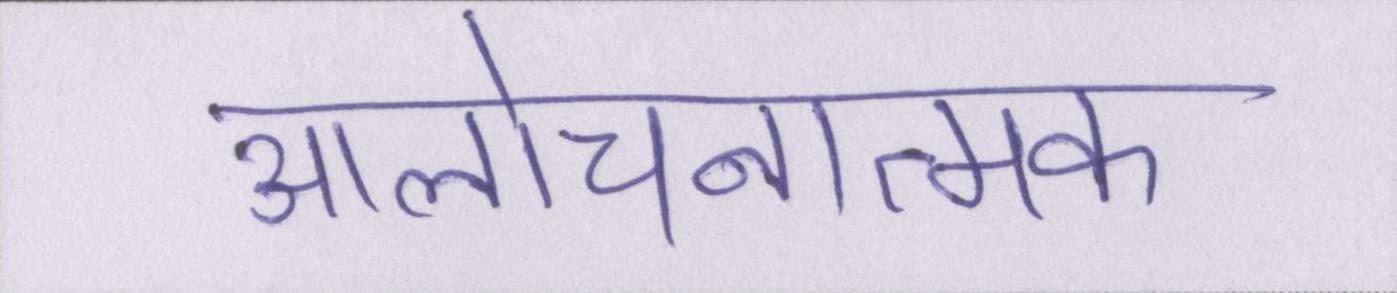
आलोचनात्मक